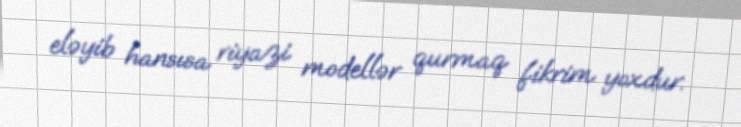
eləyib hansısa riyazi modellər qurmaq fikrim yoxdur.